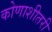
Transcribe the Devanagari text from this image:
कोणाशीतरी